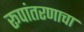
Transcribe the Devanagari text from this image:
रूपांतरणाचा